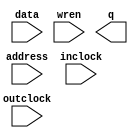
module pic_0_ram (
	address,
	data,
	inclock,
	outclock,
	wren,
	q);

	input	[9:0]  address;
	input	[7:0]  data;
	input	  inclock;
	input	  outclock;
	input	  wren;
	output	[7:0]  q;
`ifndef ALTERA_RESERVED_QIS
// synopsys translate_off
`endif
	tri1	  inclock;
`ifndef ALTERA_RESERVED_QIS
// synopsys translate_on
`endif

endmodule